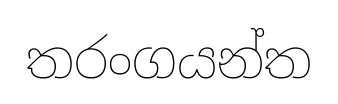
තරංගයන්ත